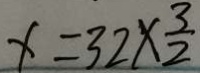
x = 3 2 \times \frac { 3 } { 2 }